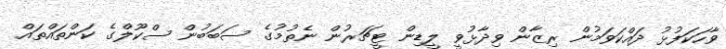
ވާހަކަފުޅު ދައްކަވަމުން ރިޒާން ވިދާޅުވީ ލީޑިން ޓީޗަރުން ނެތުމުގެ ސަބަބުން ސްކޫލްގެ ކަންތައްތައް